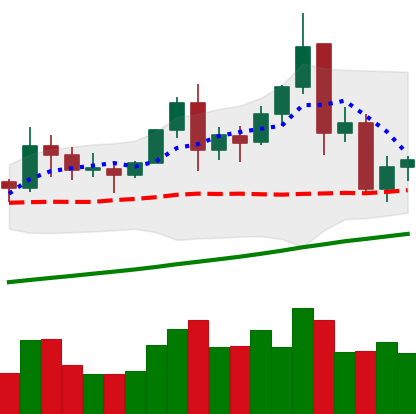
Ticker: TRX-USD
Chart end date: 2021-11-20
Forward return: -6.334%
Label: down_5_7